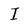
Character: I